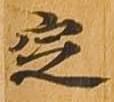
定